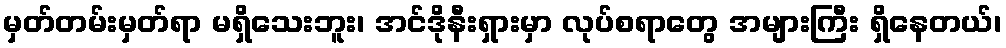
မှတ်တမ်းမှတ်ရာ မရှိသေးဘူး၊ အင်ဒိုနီးရှားမှာ လုပ်စရာတွေ အများကြီး ရှိနေတယ်၊